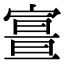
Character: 𡪏